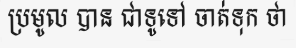
ប្រមូល បាន ជាទូទៅ ចាត់ទុក ថា